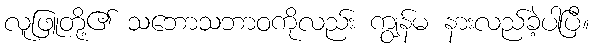
လူဖြူတို့၏ သဘောသဘာဝကိုလည်း ကျွန်မ နားလည်ခဲ့ပါပြီ။